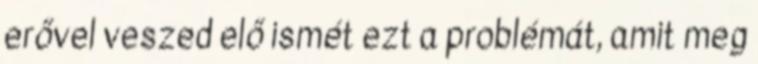
erővel veszed elő ismét ezt a problémát, amit meg